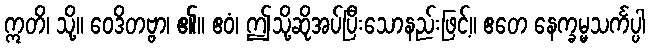
ဣတိ၊ သို့။ ဝေဒိတဗ္ဗာ၊ ၏။ ဧဝံ၊ ဤသို့ဆိုအပ်ပြီးသောနည်းဖြင့်။ ဧတေ နေက္ခမ္မသင်္ကပ္ပါ